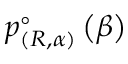
p _ { \left( R , \alpha \right) } ^ { \circ } \left( \beta \right)